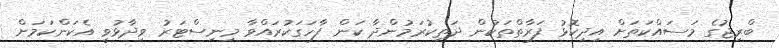
ބްރިޖުގެ މަސައްކަތަށް އިދިކޮޅު ފަރާތްތަކުން ދަތިކުރަމުންދާ ކަން ފާހަގަކުރައްވާ މިނިސްޓަރު ވިދާޅުވީ އެކަންކަމަށް